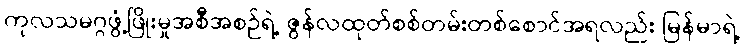
ကုလသမဂ္ဂဖွံ့ဖြိုးမှုအစီအစဉ်ရဲ့ ဇွန်လထုတ်စစ်တမ်းတစ်စောင်အရလည်း မြန်မာရဲ့